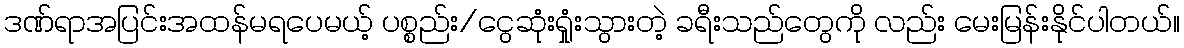
ဒဏ်ရာအပြင်းအထန်မရပေမယ့် ပစ္စည်း/ငွေဆုံးရှုံးသွားတဲ့ ခရီးသည်တွေကို လည်း မေးမြန်းနိုင်ပါတယ်။